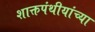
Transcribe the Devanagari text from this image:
शाक्तपंथीयांच्या